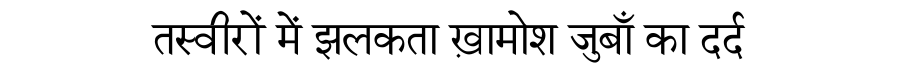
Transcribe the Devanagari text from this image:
तस्वीरों में झलकता ख़ामोश जुबाँ का दर्द